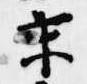
末